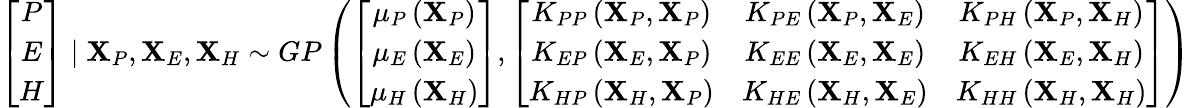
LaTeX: \left[\begin{array}{c}{P}\\ {E}\\ {H}\end{array}\right]\mid\mathbf{X}_{P},\mathbf{X}_{E},\mathbf{X}_{H}\sim GP\left(\left[\begin{array}{c}{\mu_{P}\left(\mathbf{X}_{P}\right)}\\ {\mu_{E}\left(\mathbf{X}_{E}\right)}\\ {\mu_{H}\left(\mathbf{X}_{H}\right)}\end{array}\right],\left[\begin{array}{ccc}{K_{PP}\left(\mathbf{X}_{P},\mathbf{X}_{P}\right)}&{K_{PE}\left(\mathbf{X}_{P},\mathbf{X}_{E}\right)}&{K_{PH}\left(\mathbf{X}_{P},\mathbf{X}_{H}\right)}\\ {K_{EP}\left(\mathbf{X}_{E},\mathbf{X}_{P}\right)}&{K_{EE}\left(\mathbf{X}_{E},\mathbf{X}_{E}\right)}&{K_{EH}\left(\mathbf{X}_{E},\mathbf{X}_{H}\right)}\\ {K_{HP}\left(\mathbf{X}_{H},\mathbf{X}_{P}\right)}&{K_{HE}\left(\mathbf{X}_{H},\mathbf{X}_{E}\right)}&{K_{HH}\left(\mathbf{X}_{H},\mathbf{X}_{H}\right)}\end{array}\right]\right)